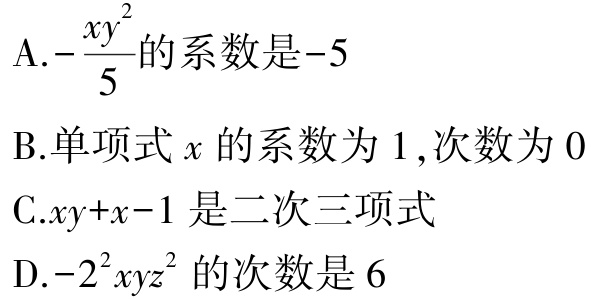
A.$-\frac{xy^{2}}{5}$的系数是$-5$

B.单项式$x$的系数为$1$,次数为$0$

C.$xy + x - 1$是二次三项式

D.$-2^{2}xyz^{2}$的次数是$6$